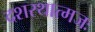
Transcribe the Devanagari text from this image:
दशरथात्मजः